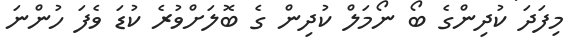
މިފަދަ ކުދިންގެ ބޯ ނޯމަލް ކުދިން ގެ ބޮލަށްވުރެ ކުޑަ ވެފަ ހުންނަ